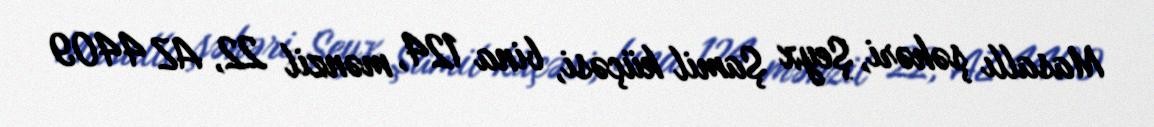
Masallı şəhəri, Şeyx Şamil küçəsi, bina 124, mənzil 22, AZ 4409